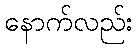
နောက်လည်း